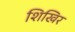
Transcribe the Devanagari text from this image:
शिखिर